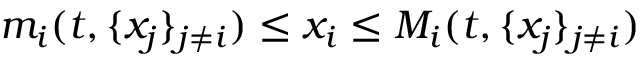
m _ { i } ( t , \{ x _ { j } \} _ { j \neq i } ) \leq x _ { i } \leq M _ { i } ( t , \{ x _ { j } \} _ { j \neq i } )